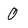
Character: O